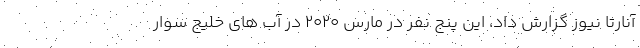
آنارتا نیوز گزارش داد، این پنج نفر در مارس ۲۰۲۰ در آب های خلیج سوار